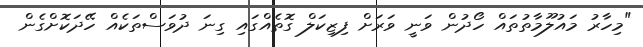
"މިހާރު މައުލޫމާތުތައް ހޯދުން ވަނީ ވަރަށް ފިޒިކަލް ގޮތެއްގައި ގިނަ ދުވަސްތަކެއް ހޭދަކޮށްގެން